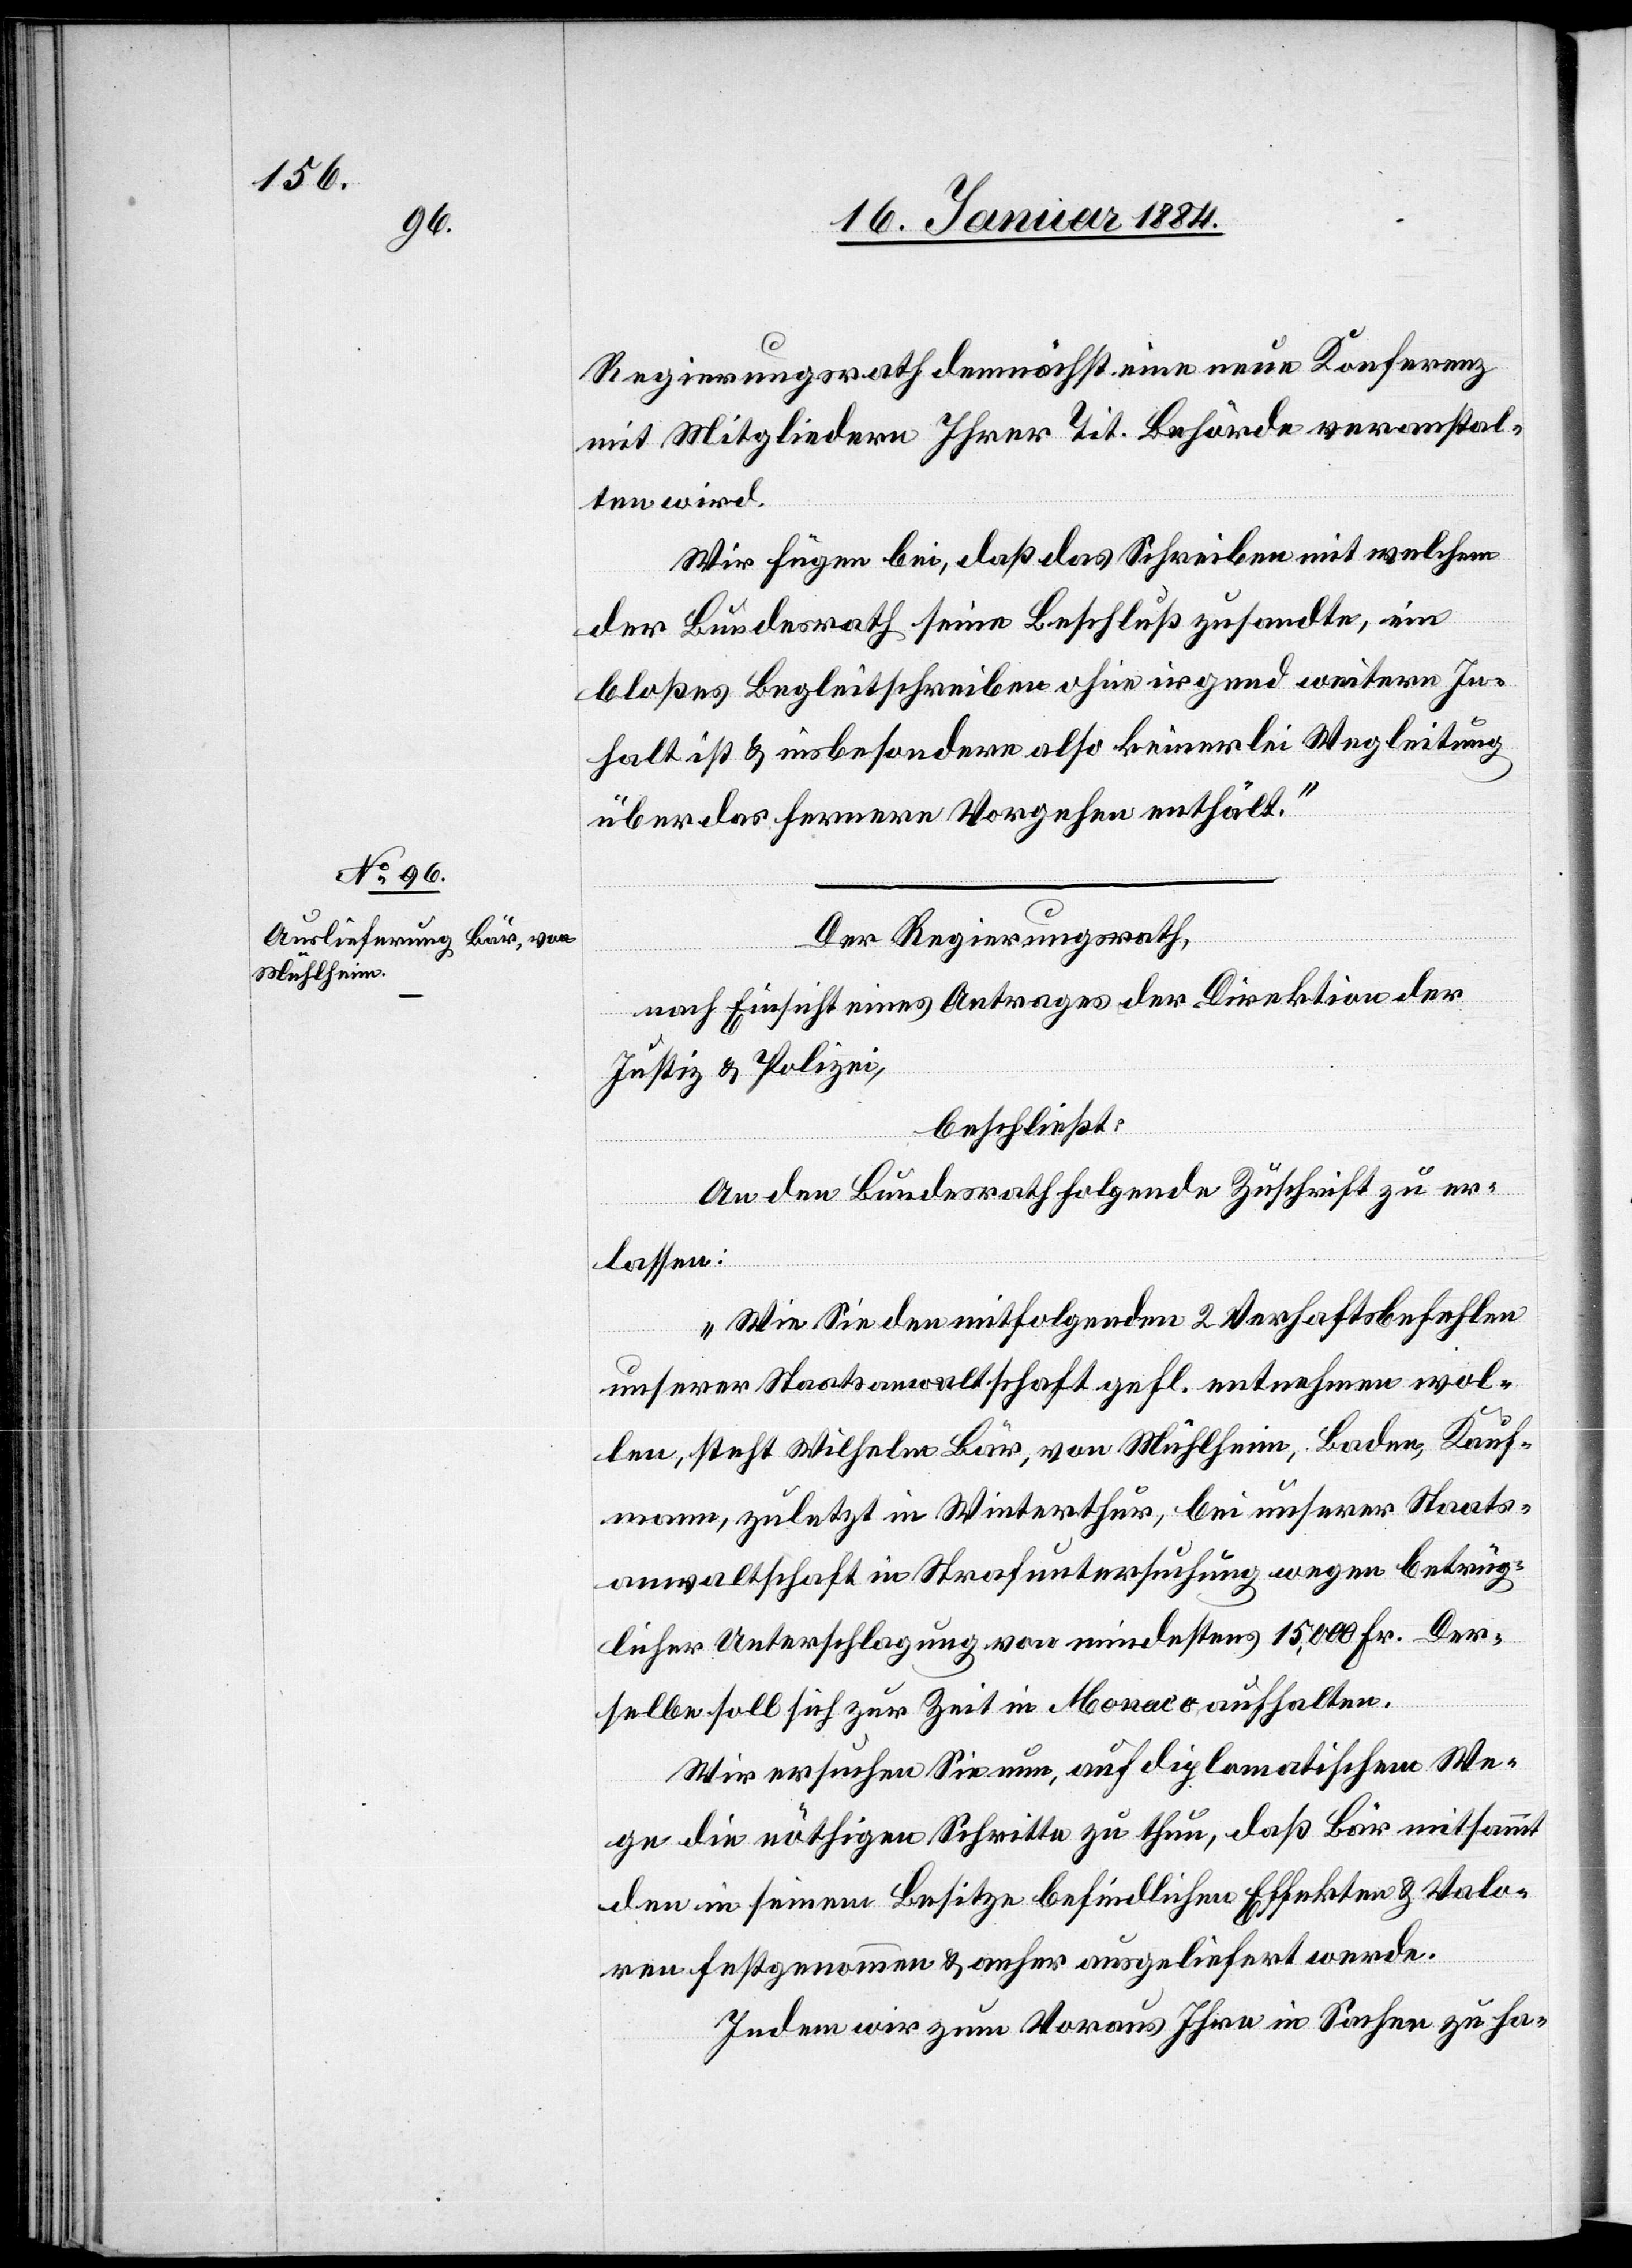
17. Januar 1884.]
Regierungsrath demnächst eine neue Konferenz
mit Mitgliedern Ihrer Tit. Behörde veranstal¬
ten wird.
Wir fügen bei, daß das Schreiben mit welchem
fügungen.
der Bundesrath seinen Beschluß zusandte, ein
bloßes Begleitschreiben ohne irgend weiteren In¬
halt ist & insbesondere also keinerlei Wegleitung
über das fernere Vorgehen enthält.“
Der Regierungsrath
nach Einsicht eines Antrages der Direktion der
Justiz & Polizei,
beschließt:
An den Bundesrath folgende Zuschrift zu er¬
lassen:
„Wie Sie den mitfolgenden 2. Verhaftsbefehlen
unserer Staatsanwaltschaft gefl. entnehmen wol¬
len, steht Wilhelm Bär, von Mühlheim, Baden, Kauf¬
mann, zuletzt in Winterthur, bei unserer Staats¬
anwaltschaft in Strafuntersuchung wegen betrüg¬
licher Unterschlagung von mindestens 15,000 Fr. Der¬
selbe soll sich zur Zeit in Monaco aufhalten.
Wir ersuchen Sie nun, auf diplomatischem We¬
ge die nöthigen Schritte zu thun, daß Bär mitsammt
den in seinem Besitze befindlichen Effekten & Valo¬
ren festgenommen & anher ausgeliefert werde.
Indem wir zum Voraus Ihre in Sachen zu ha-